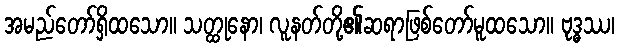
အမည်တော်ရှိထသော။ သတ္ထုနော၊ လူနတ်တို့၏ဆရာဖြစ်တော်မူထသော။ ဗုဒ္ဓဿ၊